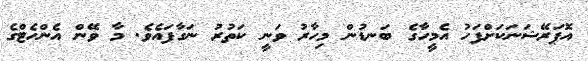
އޮޕަރޭޝަނަކަށްފަހު އެމީހާގެ ބަނޑުން މިހާރު ވަނީ ކަތުރު ނަގާފައެވެ. މާ ވޭން އެންހެޓްގެ